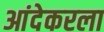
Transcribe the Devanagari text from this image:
आंदेकरला